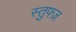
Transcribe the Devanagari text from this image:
स्तुफ्ज़